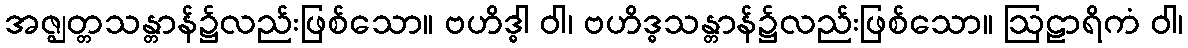
အဇ္ဈတ္တသန္တာန်၌လည်းဖြစ်သော။ ဗဟိဒ္ဓါ ဝါ၊ ဗဟိဒ္ဓသန္တာန်၌လည်းဖြစ်သော။ ဩဠာရိကံ ဝါ၊